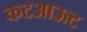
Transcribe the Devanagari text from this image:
कटआऊट